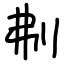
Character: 刜